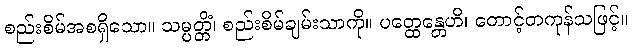
စည်းစိမ်အစရှိသော။ သမ္ပတ္တိံ၊ စည်းစိမ်ချမ်းသာကို။ ပတ္ထေန္တေဟိ၊ တောင့်တကုန်သဖြင့်။